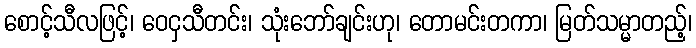
စောင့်သီလဖြင့်၊ ဝေငှသီတင်း၊ သုံးဘော်ချင်းဟု၊ တောမင်းတကာ၊ မြတ်သမ္မာတည့်၊